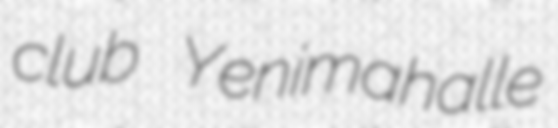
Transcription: club Yenimahalle